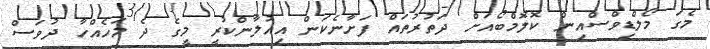
މެގަ މޯލްޑިވްސްއިން ކޮލޮމްބޯއަށް ދަތުރުތައް ފަށާނެކަން އިއުލާންކުރީ މީގެ ދެ މަހެއްހާ ދުވަސް